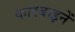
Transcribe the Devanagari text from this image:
कारबाइनें